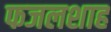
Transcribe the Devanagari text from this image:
फजलशाह